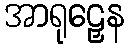
အာရုဠှေန